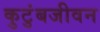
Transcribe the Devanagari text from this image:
कुटुंबजीवन